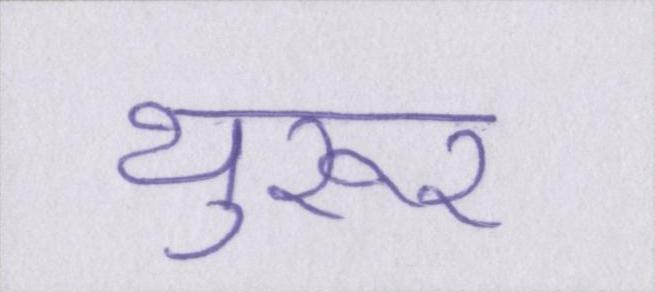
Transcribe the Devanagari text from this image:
थुरूर